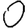
Digit: 0